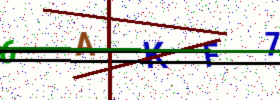
Text: 6AKF7